Scottish Leaving Certificate Examination, 1960
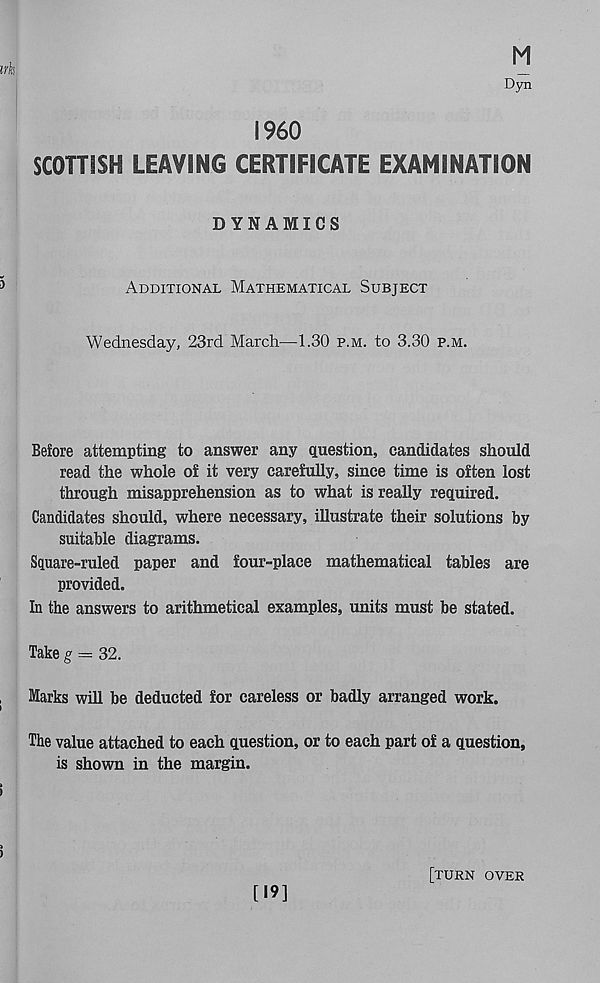
irk
M
Dyn
I960
SCOTTISH LEAVING CERTIFICATE EXAMINATION
DYNAMICS
Additional Mathematical Subject
Wednesday, 23rd March—1.30 p.m. to 3.30 p.m.
Before attempting to answer any question, candidates should
read the whole of it very carefully, since time is often lost
through misapprehension as to what is really required.
Candidates should, where necessary, illustrate their solutions by
suitable diagrams.
Square-ruled paper and four-place mathematical tables are
provided.
In the answers to arithmetical examples, units must be stated.
Take g = 32.
,
Marks will be deducted for careless or badly arranged work.
The value attached to each question, or to each part of a question,
is shown in the margin,
i
[19]
[turn over